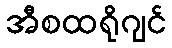
အီစထရိုဂျင်